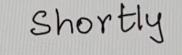
Shortly